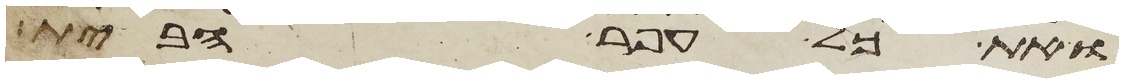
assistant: ואת כל עפר הבית